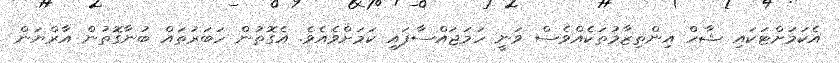
އެކަމަށްޓަކައި ޝާހް އިންތިޒާމުތަކެއްވެސް ވަނީ ހަމަޖައްސާފައި ކަމަށްވެއެވެ. އެގޮތުން ހަބަރުތައް ބުނާގޮތުން އާރްޔަން